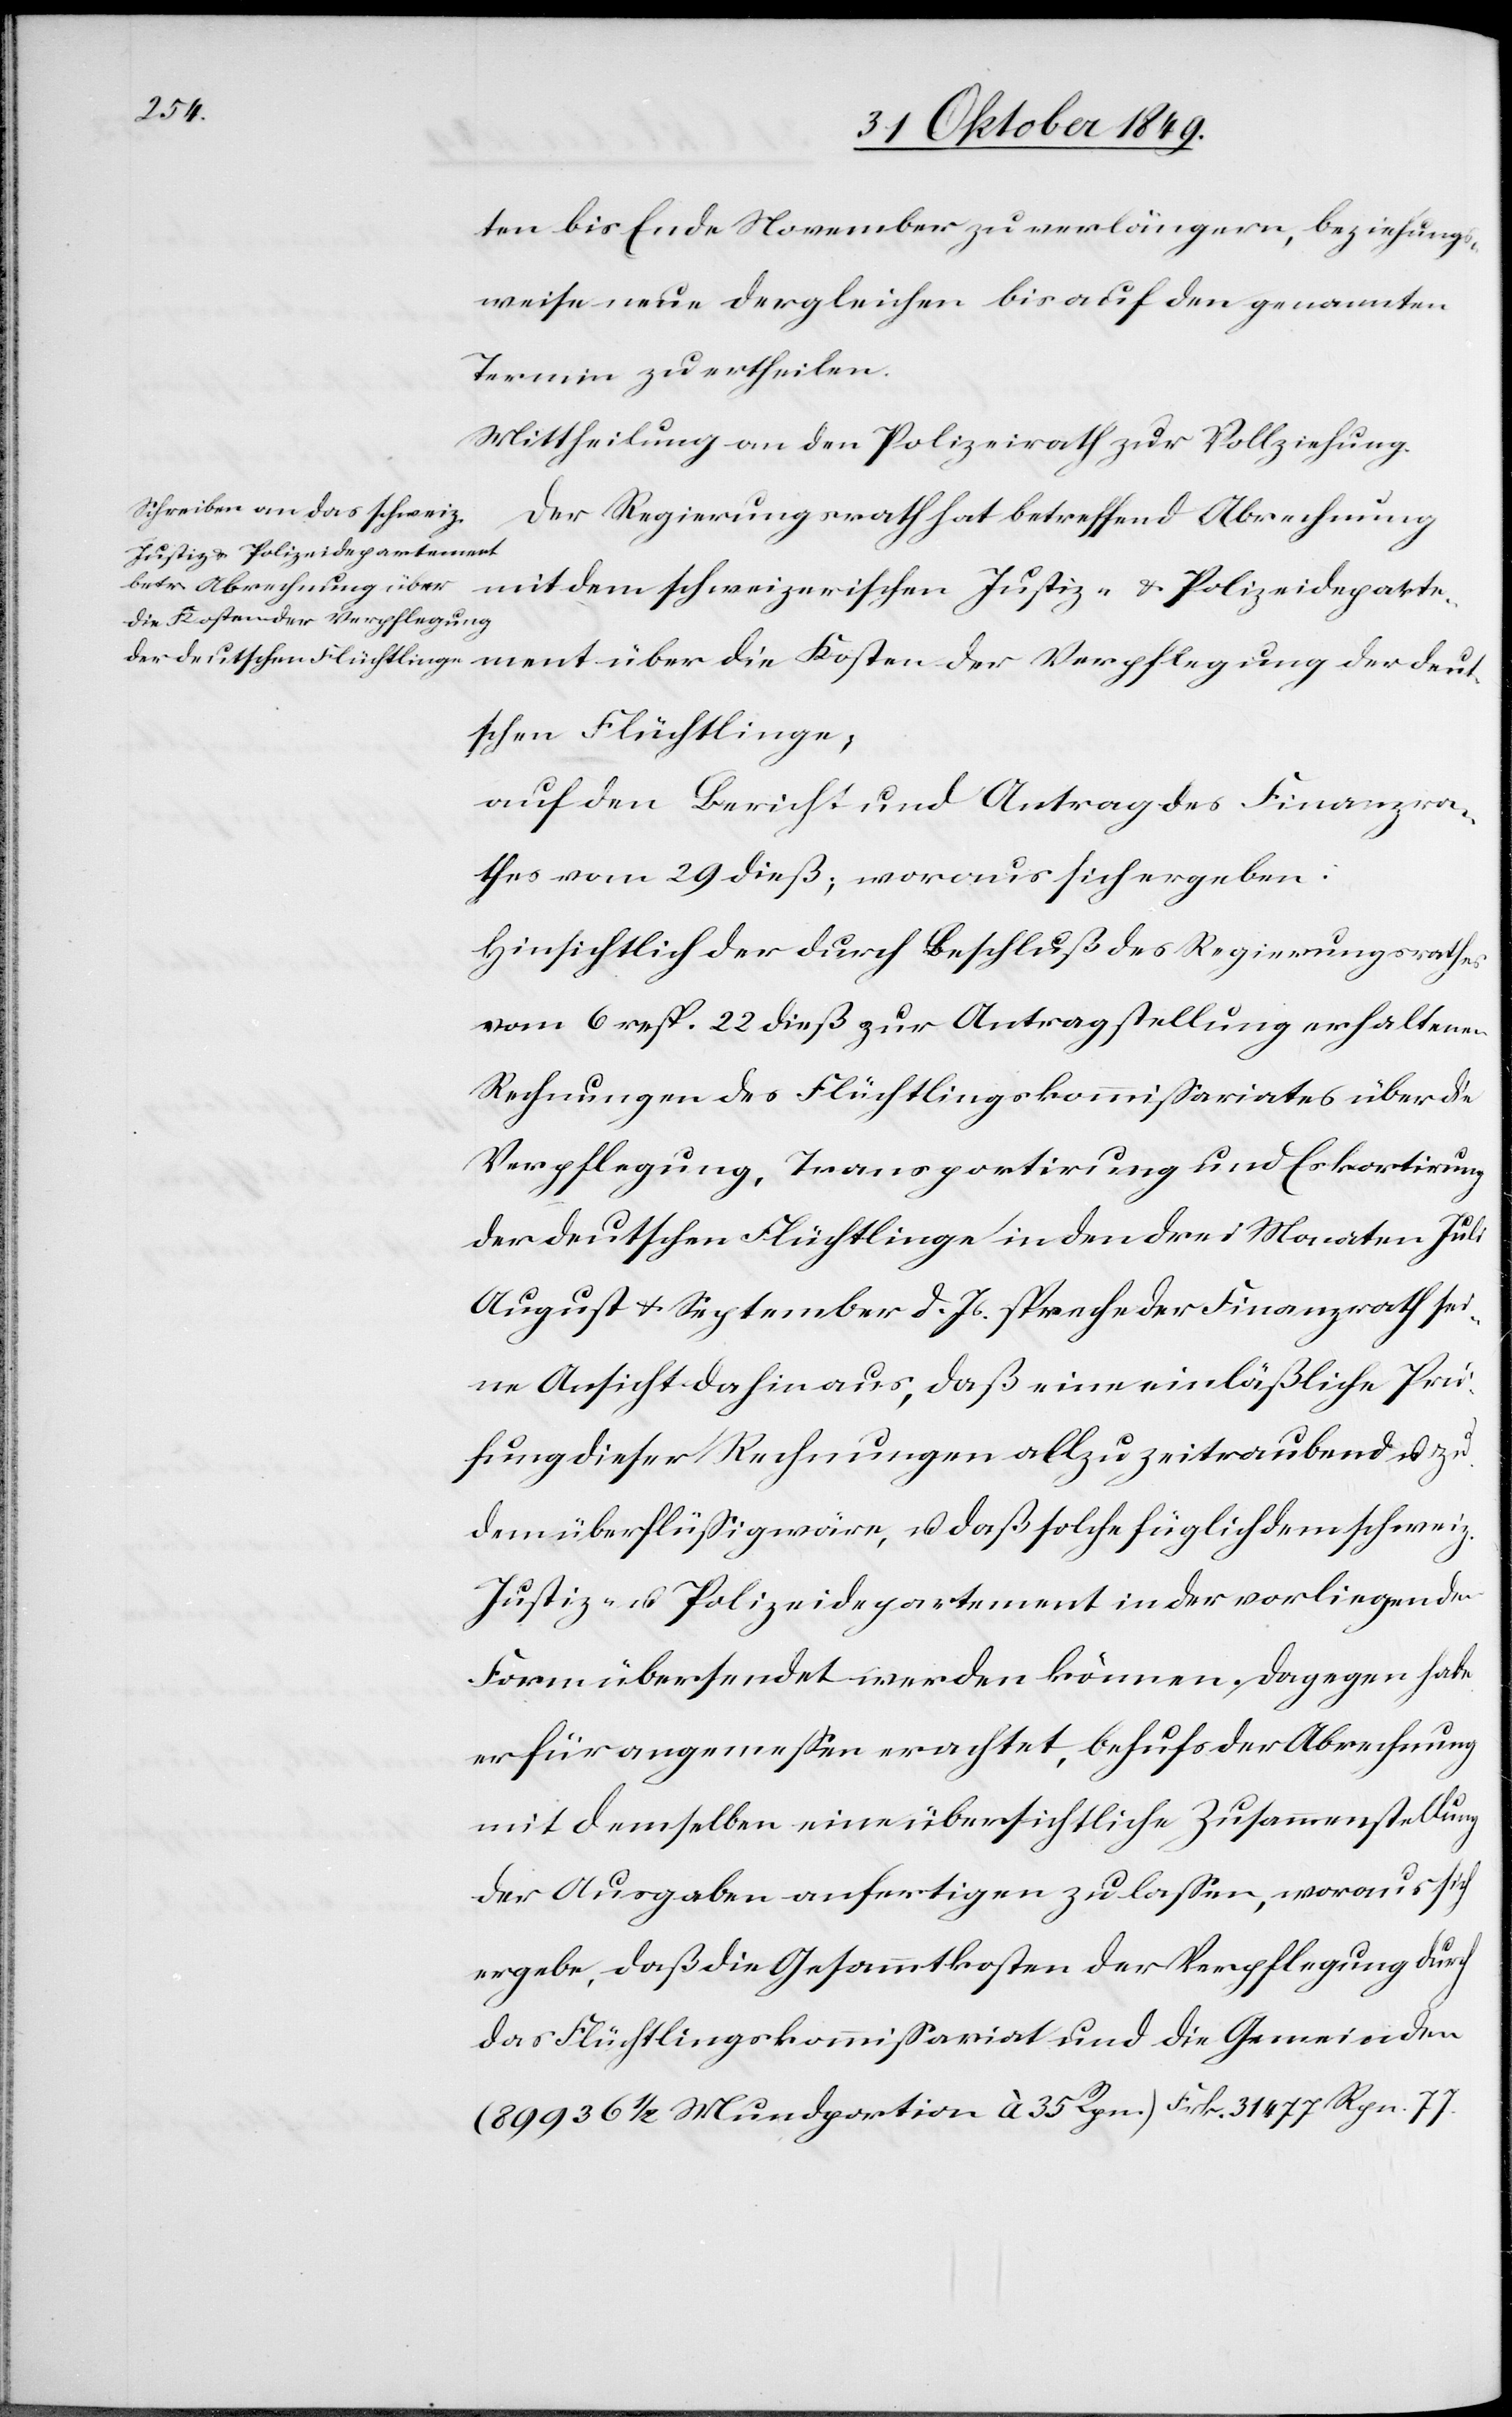
deut¬
ten bis Ende November zu verlängern, beziehungs¬
weise neue dergleichen bis auf den genannten
Termin zu ertheilen.
Mittheilung an den Polizeirath zur Vollziehung.
Der Regierungsrath hat betreffend Abrechnung
mit dem schweizerischen Justiz- u. Polizeidepartement
die Kosten der Verpflegung
schen Flüchtlinge;
auf den Bericht und Antrag des Finanzra¬
thes vom 29 dieß; woraus sich ergeben:
Hinsichtlich der durch Beschluß des Regierungsrathes
vom 6 resp. 22 dieß zur Antragsstellung erhaltenen
Rechnungen des Flüchtlingskommißariates über die
Verpflegung, Transportirung und Eskortirung
der deutschen Flüchtlinge in den drei Monaten Juli
August u. September d. Js. spreche der Finanzrath sei¬
ne Ansicht dahin aus, daß eine einläßliche Prei¬
sung dieser Rechnungen allzu zeitraubend u. zu
dem überflüßig wäre, u. daß solche füglich dem schweiz.
Justiz- u. Polizeidepartement in der vorliegenden
Form übersendet werden können. Dagegen habe
er für angemeßen erachtet, behufs der Abrechnung
mit demselben eine übersichtliche Zusammenstellung
der Ausgaben anfertigen zu laßen, woraus sich
ergebe, daß die Gesammtkosten der Verpflegung durch
das Flüchtlingskommißariat und die Gemeinden
(89936 1/2 Mundportion à 35 Rpn.) Frk. 31477 Rpn. 77